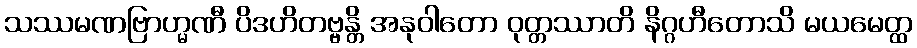
သဿမဏဗြာဟ္မဏီ ပိဒဟိတဗ္ဗန္တိ အနုဝါတော ဝုတ္တဿာတိ နိဂ္ဂဟီတောသိ မယမေတ္ထ